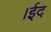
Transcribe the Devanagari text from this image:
।ईद